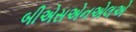
બીએસએનએલએ